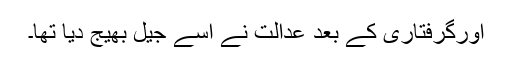
اورگرفتاری کے بعد عدالت نے اسے جیل بھیج دیا تھا۔